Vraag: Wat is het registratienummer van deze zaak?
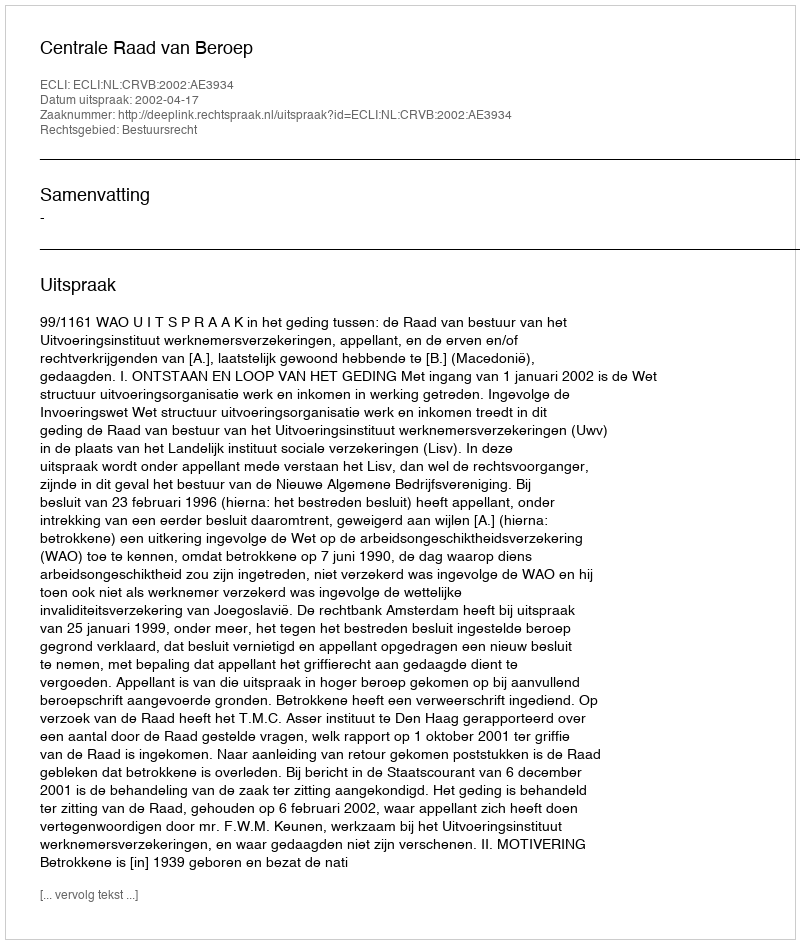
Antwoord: http://deeplink.rechtspraak.nl/uitspraak?id=ECLI:NL:CRVB:2002:AE3934